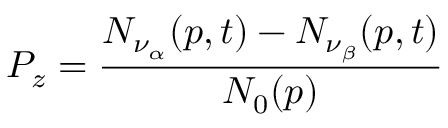
P _ { z } = \frac { N _ { \nu _ { \alpha } } ( p , t ) - N _ { \nu _ { \beta } } ( p , t ) } { N _ { 0 } ( p ) }